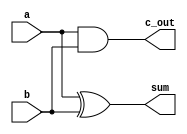
`timescale 1ns / 1ps
//////////////////////////////////////////////////////////////////////////////////
// Company: 
// Engineer: 
// 
// Design Name: 
// Module Name: half_adder
// Project Name: 
// Target Devices: 
// Tool Versions: 
// Description: 
// 
// Dependencies: 
// 
// Revision:
// Revision 0.01 - File Created
// Additional Comments:
// 
//////////////////////////////////////////////////////////////////////////////////


module half_adder(
    input a,
    input b,
    output sum,
    output c_out
    );
    
    xor G1(sum, a, b);
    and G2(c_out, a, b);
    
endmodule